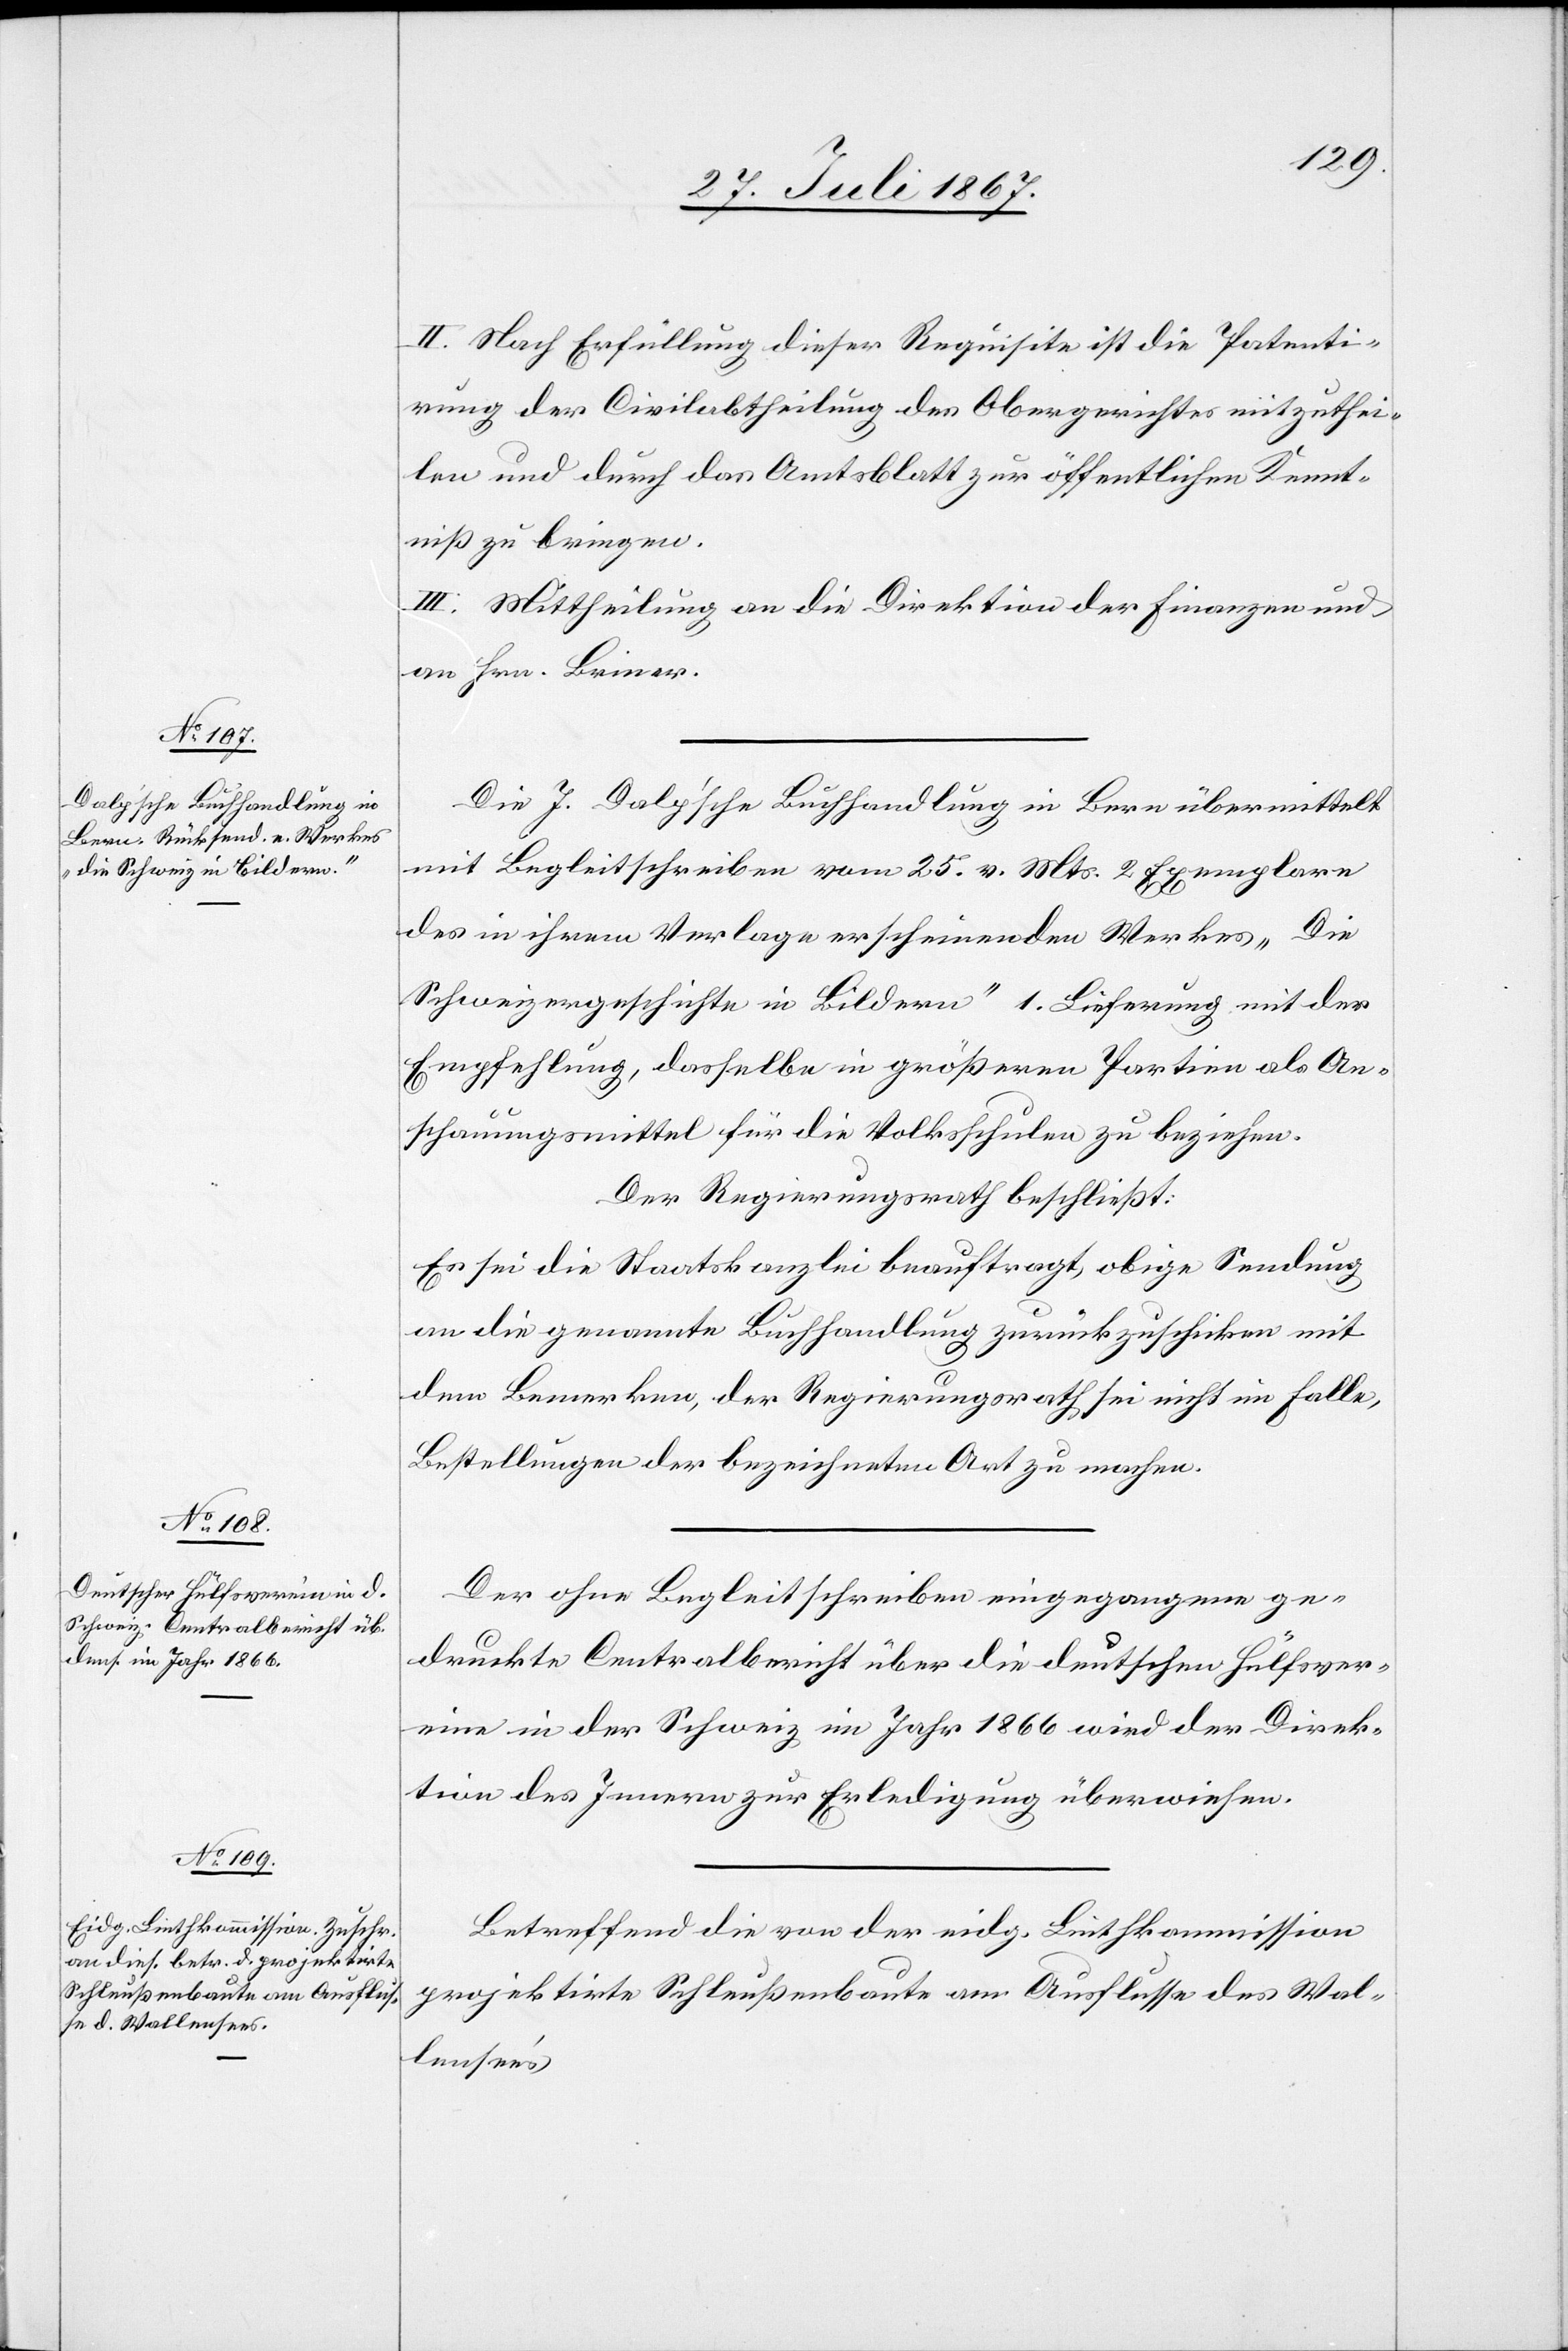
II. Nach Erfüllung dieser Requisite ist die Patenti¬
rung der Civilabtheilung des Obergerichtes mitzuthei¬
len und durch das Amtsblatt zur öffentlichen Kennt¬
niß zu bringen.
III. Mittheilung an die Direktion der Finanzen und
an Hrn. Briner.
Die J. Dalp’sche Buchhandlung in Bern übermittelt
mit Begleitschreiben vom 25. v. Mts. 2 Exemplare
des in ihrem Verlage erscheinenden Werkes „Die
Schweizergeschichte in Bildern“ 1. Lieferung mit der
Empfehlung, dasselbe in größeren Partien als An¬
schauungsmittel für die Volksschule zu beziehen.
Der Regierungsrath beschließt:
Es sei die Staatskanzlei beauftragt, obige Sendung
an die genannte Buchhandlung zurückzuschicken mit
dem Bemerken, der Regierungsrath sei nicht im Falle,
Bestellungen der bezeichneten Art zu machen.
Der ohne Begleitschreiben eingegangene ge¬
druckte Centralbericht über die deutschen Hülfsver¬
eine in der Schweiz im Jahr 1866 wird der Direk¬
tion des Innern zur Erledigung überwiesen.
Betreffend die von der eidg. Linthkommission
projektirte Schleußenbaute am Ausflusse des Wal¬
lensee’s